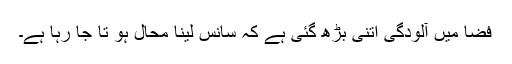
فضا میں آلودگی اتنی بڑھ گئی ہے کہ سانس لینا محال ہو تا جا رہا ہے۔